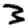
Digit: 3